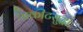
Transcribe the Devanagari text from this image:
पाकीटसुद्धा